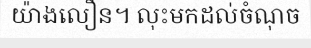
យ៉ាងលឿន។ លុះមកដល់ចំណុច